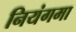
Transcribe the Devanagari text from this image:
नियंगमा